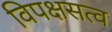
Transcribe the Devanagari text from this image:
विपक्षसत्व